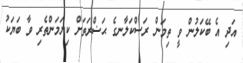
އަދި އެ ބޭކަލުން ވީ ތިމަން ރަސްކަލާނގެ ޙަޟްރަތަށް ކިޔަމަންތެރި ވާ ބަޔަކު